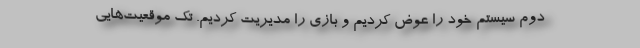
دوم سیستم خود را عوض کردیم و بازی را مدیریت کردیم. تک موقعیت‌هایی